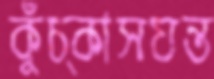
কুঁচ্‌কাসযন্ত